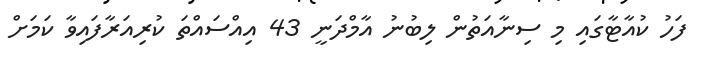
ފަހު ކުއާޓާގައި މި ސިނާއަތުން ލިބުނު އާމްދަނީ 43 އިއްސައްތަ ކުރިއަރާފައިވާ ކަމަށް